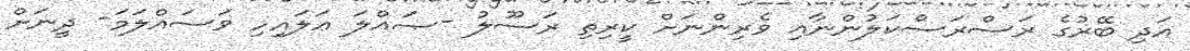
އަދި ބޭރުގެ ރަސްރަސްކަލުންނާއި ވެރިންނަށް ކީރިތި ރަސޫލު -ޞައްލަ ޢަލައިހި ވަސައްލަމަ- ދީނަށް